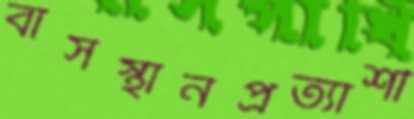
বাসস্থানপ্রত্যাশী